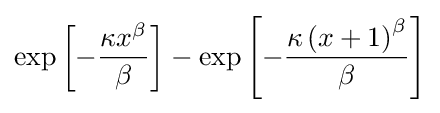
\exp \left[-{\frac {\kappa x^{\beta }}{\beta }}\right]-\exp \left[-{\frac {\kappa \left(x+1\right)^{\beta }}{\beta }}\right]